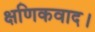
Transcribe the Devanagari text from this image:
क्षणिकवाद।